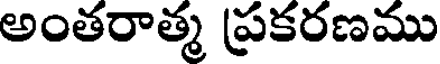
అంతరాత్మ ప్రకరణము